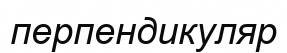
перпендикуляр